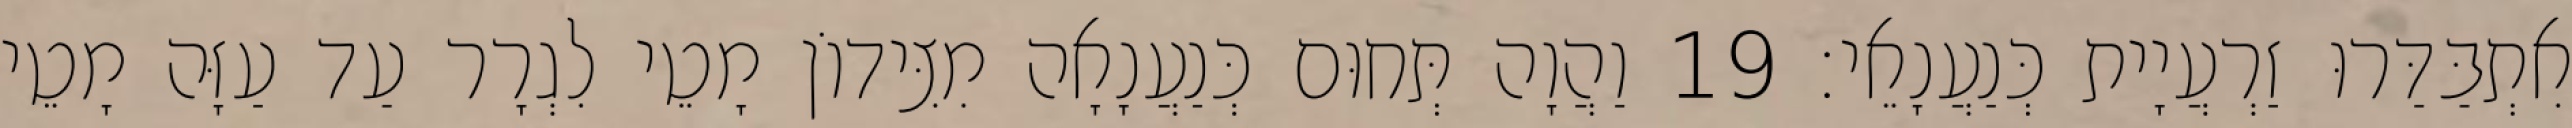
אִתְבַּדַּרוּ זַרְעֲיָית כְּנַעֲנָאֵי׃ 19 וַהֲוָה תְּחוּם כְּנַעֲנָאָה מִצִּידוֹן מָטֵי לִגְרָר עַד עַזָּה מָטֵי